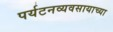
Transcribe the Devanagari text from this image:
पर्यटनव्यवसायाच्या